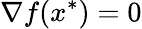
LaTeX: \nabla f(x^{*})=0